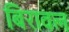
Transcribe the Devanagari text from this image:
बिरावल